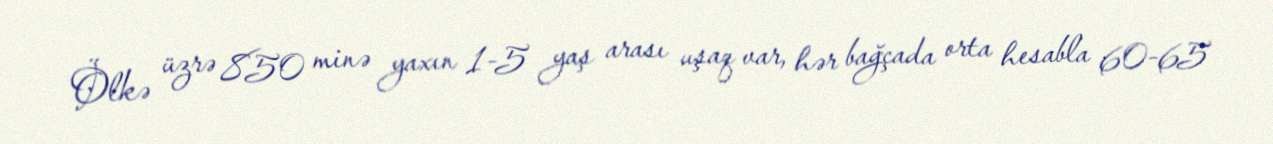
Ölkə üzrə 850 minə yaxın 1-5 yaş arası uşaq var, hər bağçada orta hesabla 60-65